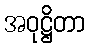
အဝုဋ္ဌိတာ